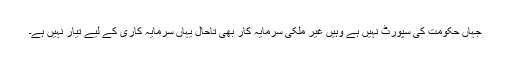
جہاں حکومت کی سپورٹ نہیں ہے وہیں غیر ملکی سرمایہ کار بھی تاحال یہاں سرمایہ کاری کے لیے تیار نہیں ہے۔